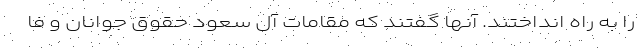
را به راه انداختند. آنها گفتند که مقامات آل سعود حقوق جوانان و فا